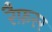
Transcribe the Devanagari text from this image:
रैफ़रर